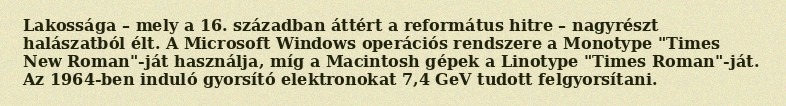
Lakossága – mely a 16. században áttért a református hitre – nagyrészt halászatból élt. A Microsoft Windows operációs rendszere a Monotype "Times New Roman"-ját használja, míg a Macintosh gépek a Linotype "Times Roman"-ját. Az 1964-ben induló gyorsító elektronokat 7,4 GeV tudott felgyorsítani.